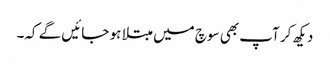
دیکھ کر آپ بھی سوچ میں مبتلا ہو جائیں گے کہ۔